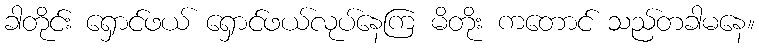
ခါတိုင်း ရှောင်ဖယ် ရှောင်ဖယ်လုပ်နေကြ မိတိုး ကတောင် သည်တခါမနေ။